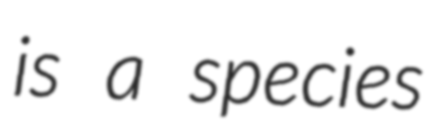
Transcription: is a species